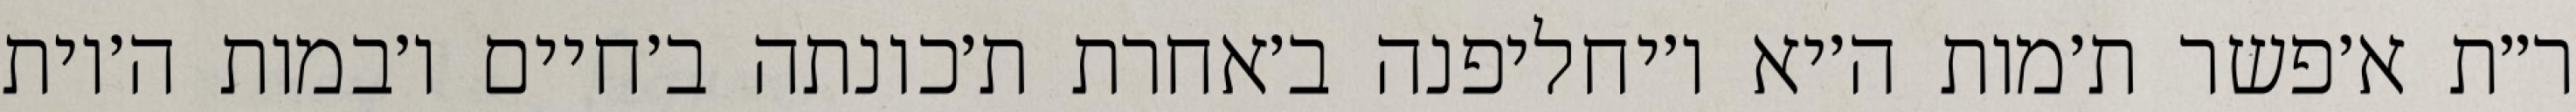
ר״ת א׳פשר ת׳מות ה׳יא ו׳יחליפנה ב׳אחרת ת׳כונתה ב׳חיים ו׳במות ה׳יות